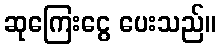
ဆုကြေးငွေ ပေးသည်။